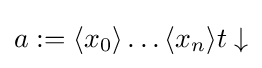
a:=\langle x_{0}\rangle \dots \langle x_{n}\rangle t\downarrow